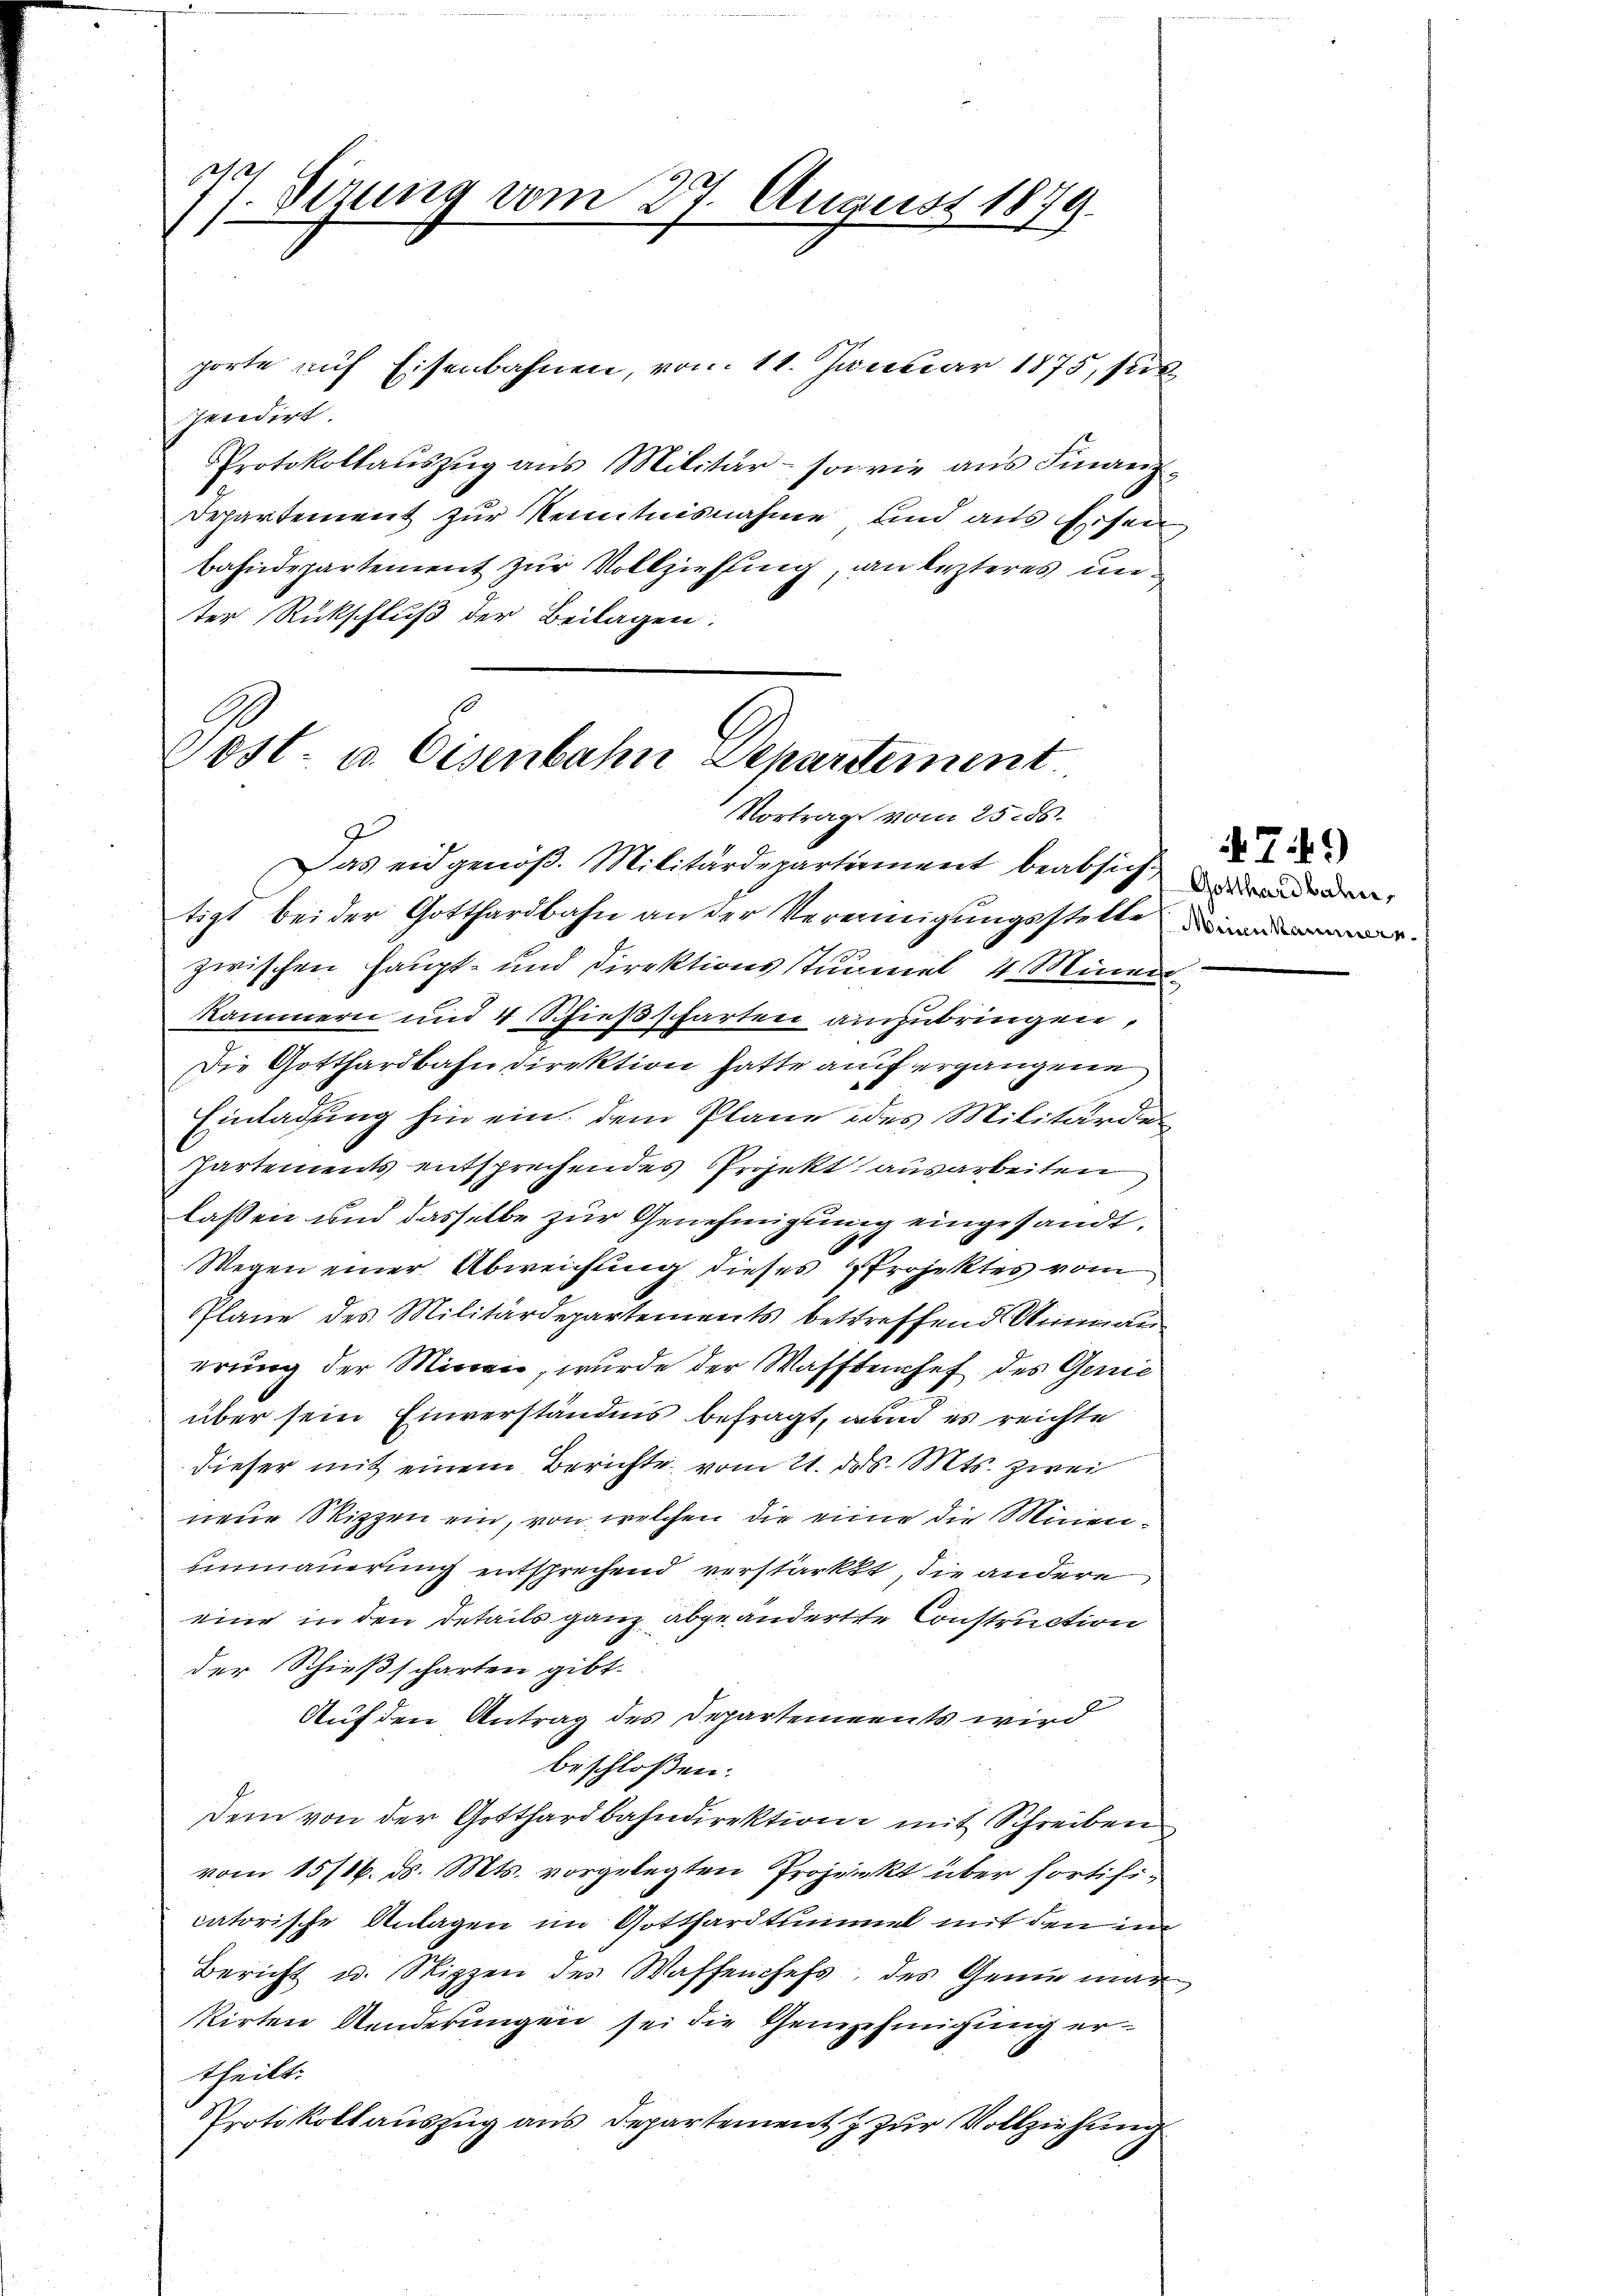
77. Seizung vom 27. August 1879.

porte auf Eisenbahnen, vom 11. Januar 1875, sub
spendirt.
Protokollauszug aus Militär- sowie aus Finanz¬
Departement zur Kenntnisnahme und aus Eisen
Bahndepartement zur Vollziehung, an lezteres unter Rückschluß der Beilagen:

Post- u. Eisenbahn Departement
Vortrag vom 25. ds.

Das eidgenöß. Militärdepartement beabsich anden,
tigt bei der Gotthardbahn an der Vereinigŭngsstelle
zwischen Haupt- und Direktions stummel, 4 Miner
Kammern und 4 Schießscharten anzubringen,
Die Gotthardbahndirektion hatte auf ergangene
Einladung hin ein, dem Plane des Militärden
Partements entsprechendes Projekt ausarbeiten
lassen und dasselbe zur Genehmigung eingesandt.
Wegen einer Abweichung dieses Projektes vom
Plane des Militärdepartements bestreffend Weinmau
erung der Minen, wurde der Wafftenchef des Geric
über sein Einverständnis befragt, und es reichte
dieser mit einem Berichte vom 21. ds. Mts. zwei
neue Skizzen ein, von welchen die eine die Mien¬
Einmauerung entsprechend verstärkt, die andere
eine in den Details ganz abgeänderte Construction
der Schießscharten gibt.
Auf den Antrag des Departements wird
beschloßen:
dem von der Gotthardbahndirektion mit Schreiben
vom 15/16. ds. Mts. vorgelegten Projekt über fortificatorische Anlagen im Gotthardtummel mit den in
Bericht u. Stippen des Waffenchefs, des Genie man
kirten Kinderungen sei die Genehmigung ertheilt.
Protokollauszug aus Departement & zur Vollziehung

2

79)